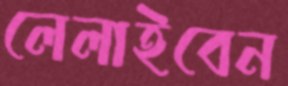
লেলাইবেন